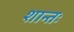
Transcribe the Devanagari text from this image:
शान्तः